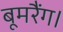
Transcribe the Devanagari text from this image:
बूमरैंग।